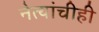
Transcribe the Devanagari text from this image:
नेत्यांचीही